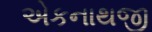
એકનાથજી